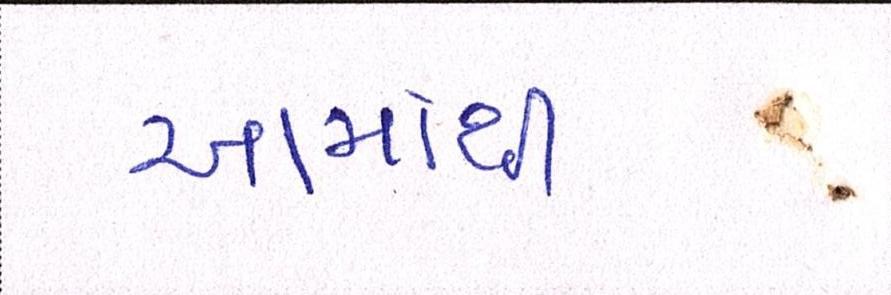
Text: આમાંથી